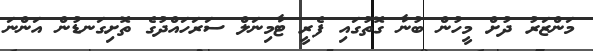
މަންޒަރު ދުށް މީހުން ބުނާ ގޮތުގައި ފެރީ ޓާމިނަލް ސަރަހައްދުގެ ތޮށިގަނޑުން އަންނަ